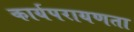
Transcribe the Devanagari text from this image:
कार्यपरायणता